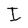
Character: I